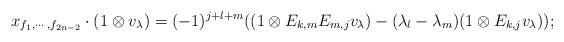
LaTeX: \begin{align*} x_{f_1,\cdots,f_{2n-2}}\cdot( 1\otimes v_{\lambda})=(-1)^{j+l+m}((1\otimes E_{k,m}E_{m,j}v_{\lambda})-(\lambda_l-\lambda_m)(1\otimes E_{k,j} v_{\lambda}));\end{align*}